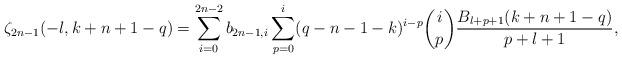
LaTeX: \begin{align*}\zeta_{2n-1}(-l,k+n+1-q)=\sum_{i=0}^{2n-2}b_{2n-1,i}\sum_{p=0}^i(q-n-1-k)^{i-p} \binom{i}{p}\frac{B_{l+p+1}(k+n+1-q)}{p+l+1},\end{align*}